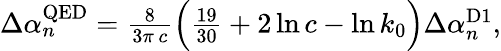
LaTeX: \begin{array}{r}{\Delta\alpha_{n}^{\mathrm{QED}}=\frac{8}{3\pi\, c}\Big(\frac{19}{30}+2\ln c-\ln k_{0}\Big)\Delta\alpha_{n}^{\mathrm{D1}},}\end{array}